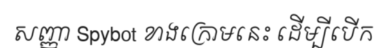
សញ្ញា Spybot ខាងក្រោមនេះ ដើម្បីបើក